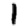
Digit: 1